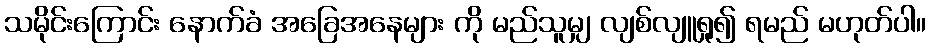
သမိုင်းကြောင်း နောက်ခံ အခြေအနေများ ကို မည်သူမျှ လျစ်လျူရှု၍ ရမည် မဟုတ်ပါ။